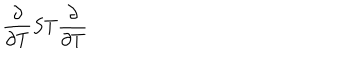
\frac { \partial } { \partial T } S T \frac { \partial } { \partial T }